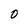
Character: O